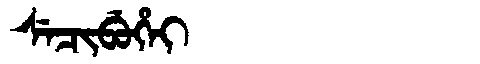
Manchu: ᠰᡝᠴᡳᠪᡠᡥᡝᡳ
Romanization: SECIBUHEI